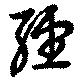
經